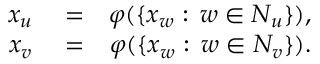
\begin{array} { r l r } { x _ { u } } & { { } = } & { \varphi ( \{ x _ { w } : \, w \in N _ { u } \} ) , } \\ { x _ { v } } & { { } = } & { \varphi ( \{ x _ { w } : \, w \in N _ { v } \} ) . } \end{array}